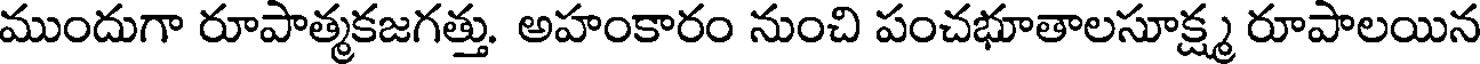
ముందుగా రూపాత్మకజగత్తు. అహంకారం నుంచి పంచభూతాలసూక్ష్మ రూపాలయిన